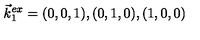
\vec { k } _ { 1 } ^ { e x } = ( 0 , 0 , 1 ) , ( 0 , 1 , 0 ) , ( 1 , 0 , 0 )